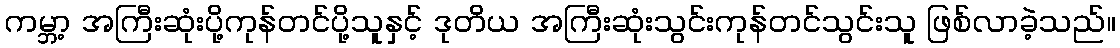
ကမ္ဘာ့ အကြီးဆုံးပို့ကုန်တင်ပို့သူနှင့် ဒုတိယ အကြီးဆုံးသွင်းကုန်တင်သွင်းသူ ဖြစ်လာခဲ့သည်။